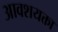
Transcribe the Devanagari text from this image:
आवशयक्ता